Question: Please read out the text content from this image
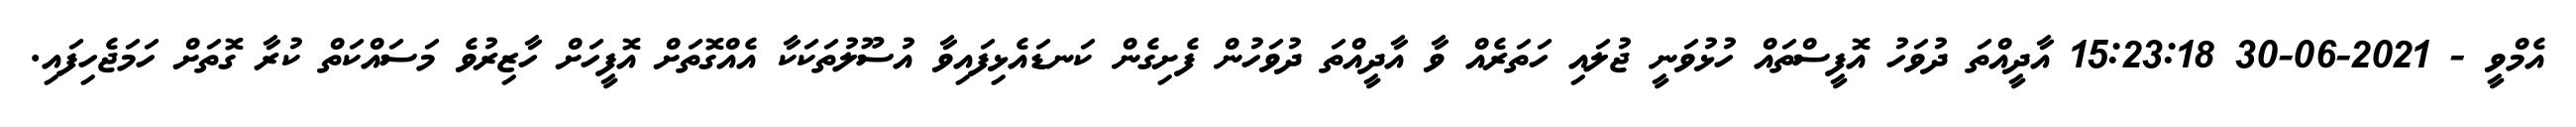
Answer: އެމްވީ - 2021-06-30 15:23:18 އާދީއްތަ ދުވަހު އޮފީސްތައް ހުޅުވަނީ ޖުލައި ހަތަރެއް ވާ އާދީއްތަ ދުވަހުން ފެށިގެން ކަނޑައެޅިފައިވާ އުސޫލުތަކަކާ އެއްގޮތަށް އޮފީހަށް ހާޒިރުވެ މަސައްކަތް ކުރާ ގޮތަށް ހަމަޖެހިފައި.